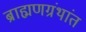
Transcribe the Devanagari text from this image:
ब्राह्मणग्रंथांत